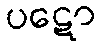
ပဋော